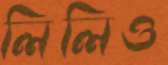
লিলিও